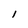
Character: l